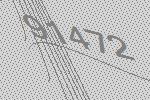
91472